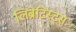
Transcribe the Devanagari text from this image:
लिब्रेटिस्ट्स